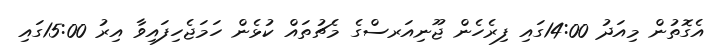
އެގޮތުން މިއަދު 14:00ގައި ފިރެހެން ޖޫނިއަރސްގެ މެޗުތައް ކުޅެން ހަމަޖެހިފައިވާ އިރު 15:00ގައި